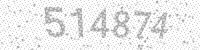
Solution: 514874